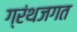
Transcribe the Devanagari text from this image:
ग्रंथजगत